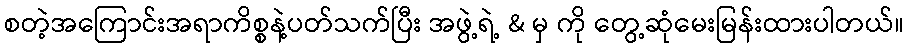
စတဲ့အကြောင်းအရာကိစ္စနဲ့ပတ်သက်ပြီး အဖွဲ့ရဲ့ & မှ ကို တွေ့ဆုံမေးမြန်းထားပါတယ်။